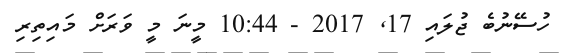
ހުސޭނުބެ ޖުލައި 17